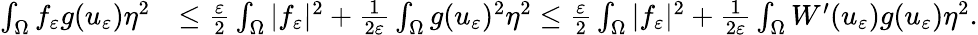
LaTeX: \begin{array}{rl}{\int_{\Omega}f_{\varepsilon}g(u_{\varepsilon})\eta^{2}}&{\leq\frac{\varepsilon}{2}\int_{\Omega}|f_{\varepsilon}|^{2}+\frac{1}{2\varepsilon}\int_{\Omega}g(u_{\varepsilon})^{2}\eta^{2}\leq\frac{\varepsilon}{2}\int_{\Omega}|f_{\varepsilon}|^{2}+\frac{1}{2\varepsilon}\int_{\Omega}W^{\prime}(u_{\varepsilon})g(u_{\varepsilon})\eta^{2}.}\end{array}